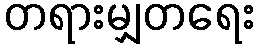
တရားမျှတရေး